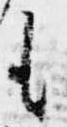
も